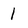
Character: 1